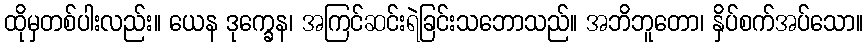
ထိုမှတစ်ပါးလည်း။ ယေန ဒုက္ခေန၊ အကြင်ဆင်းရဲခြင်းသဘောသည်။ အဘိဘူတော၊ နှိပ်စက်အပ်သော။